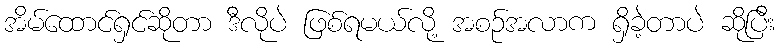
အိမ်ထောင်ရှင်ဆိုတာ ဒီလိုပဲ ဖြစ်ရမယ်လို့ အစဉ်အလာက ရှိခဲ့တာပဲ ဆိုပြီး